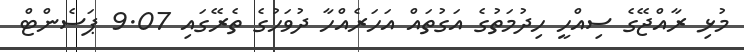
މުޅި ރާއްޖޭގެ ސިއްހީ ހިދުމަތުގެ އަގުތައް އަހަރެއްހާ ދުވަހުގެ ތެރޭގައި 9.07 ޕަސެންޓް